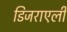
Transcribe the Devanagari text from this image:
डिजराएली